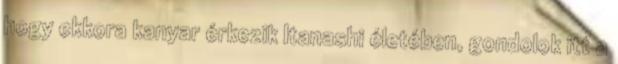
hogy ekkora kanyar érkezik Itanashi életében, gondolok itt a